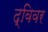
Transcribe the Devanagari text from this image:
द्विवर